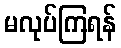
မလုပ်ကြရန်